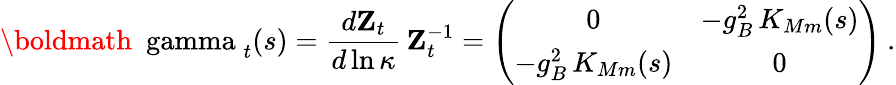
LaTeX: \mathrm{\boldmath~\ gamma~}_{t}(s)=\frac{d{\mathbf Z}_{t}}{d\ln\kappa}\, {\mathbf Z}_{t}^{-1}=\left(\begin{array}{cc}{{0}}&{{-g_{B}^{2}\, K_{Mm}(s)}}\\ {{-g_{B}^{2}\, K_{Mm}(s)}}&{{0}}\end{array}\right)\: .